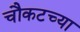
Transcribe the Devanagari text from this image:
चौकटच्या